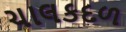
ચાલકદળ